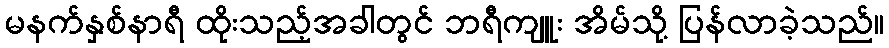
မနက်နှစ်နာရီ ထိုးသည့်အခါတွင် ဘရီကျူး အိမ်သို့ ပြန်လာခဲ့သည်။